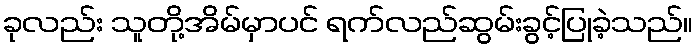
ခုလည်း သူတို့အိမ်မှာပင် ရက်လည်ဆွမ်းခွင့်ပြုခဲ့သည်။